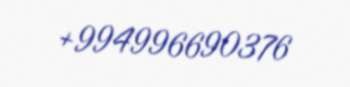
+994996690376